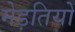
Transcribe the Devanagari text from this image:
मेड़तियों